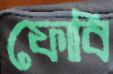
ফোবি